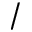
/